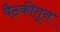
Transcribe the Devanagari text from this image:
बैठकीतून